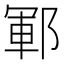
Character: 鄆